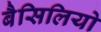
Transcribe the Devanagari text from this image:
बैसिलियो